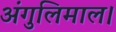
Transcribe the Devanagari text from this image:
अंगुलिमाल।